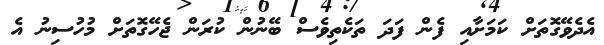
އެދެވޭގޮތަށް ކަމަށާއި ފެން ފަދަ ތަކެތިވެސް ބޭނުން ކުރަން ޖެހޭގޮތަށް މުހުސިނު އެ